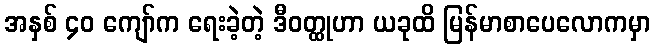
အနှစ် ၄၀ ကျော်က ရေးခဲ့တဲ့ ဒီဝတ္ထုဟာ ယခုထိ မြန်မာစာပေလောကမှာ